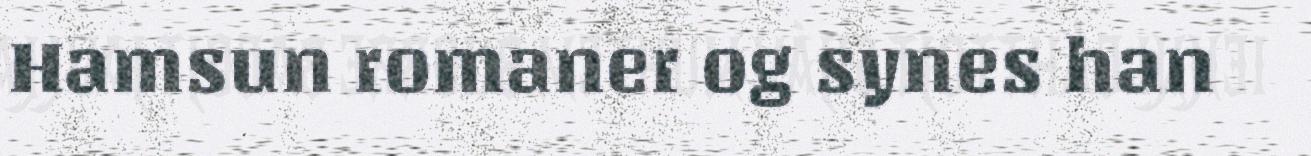
Hamsun romaner og synes han